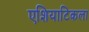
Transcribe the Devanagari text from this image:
एशियाटिकला